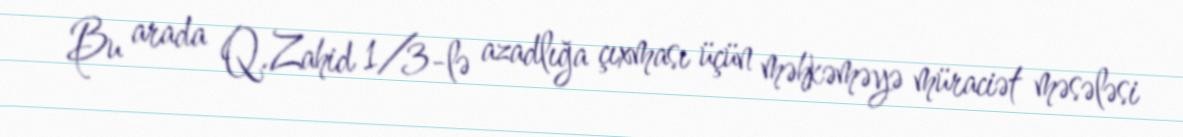
Bu arada Q.Zahid 1/3-lə azadlığa çıxması üçün məhkəməyə müraciət məsələsi